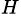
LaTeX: ^H